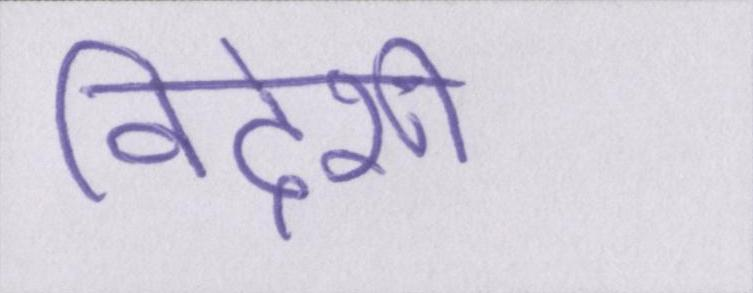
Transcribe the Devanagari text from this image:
विदेशी